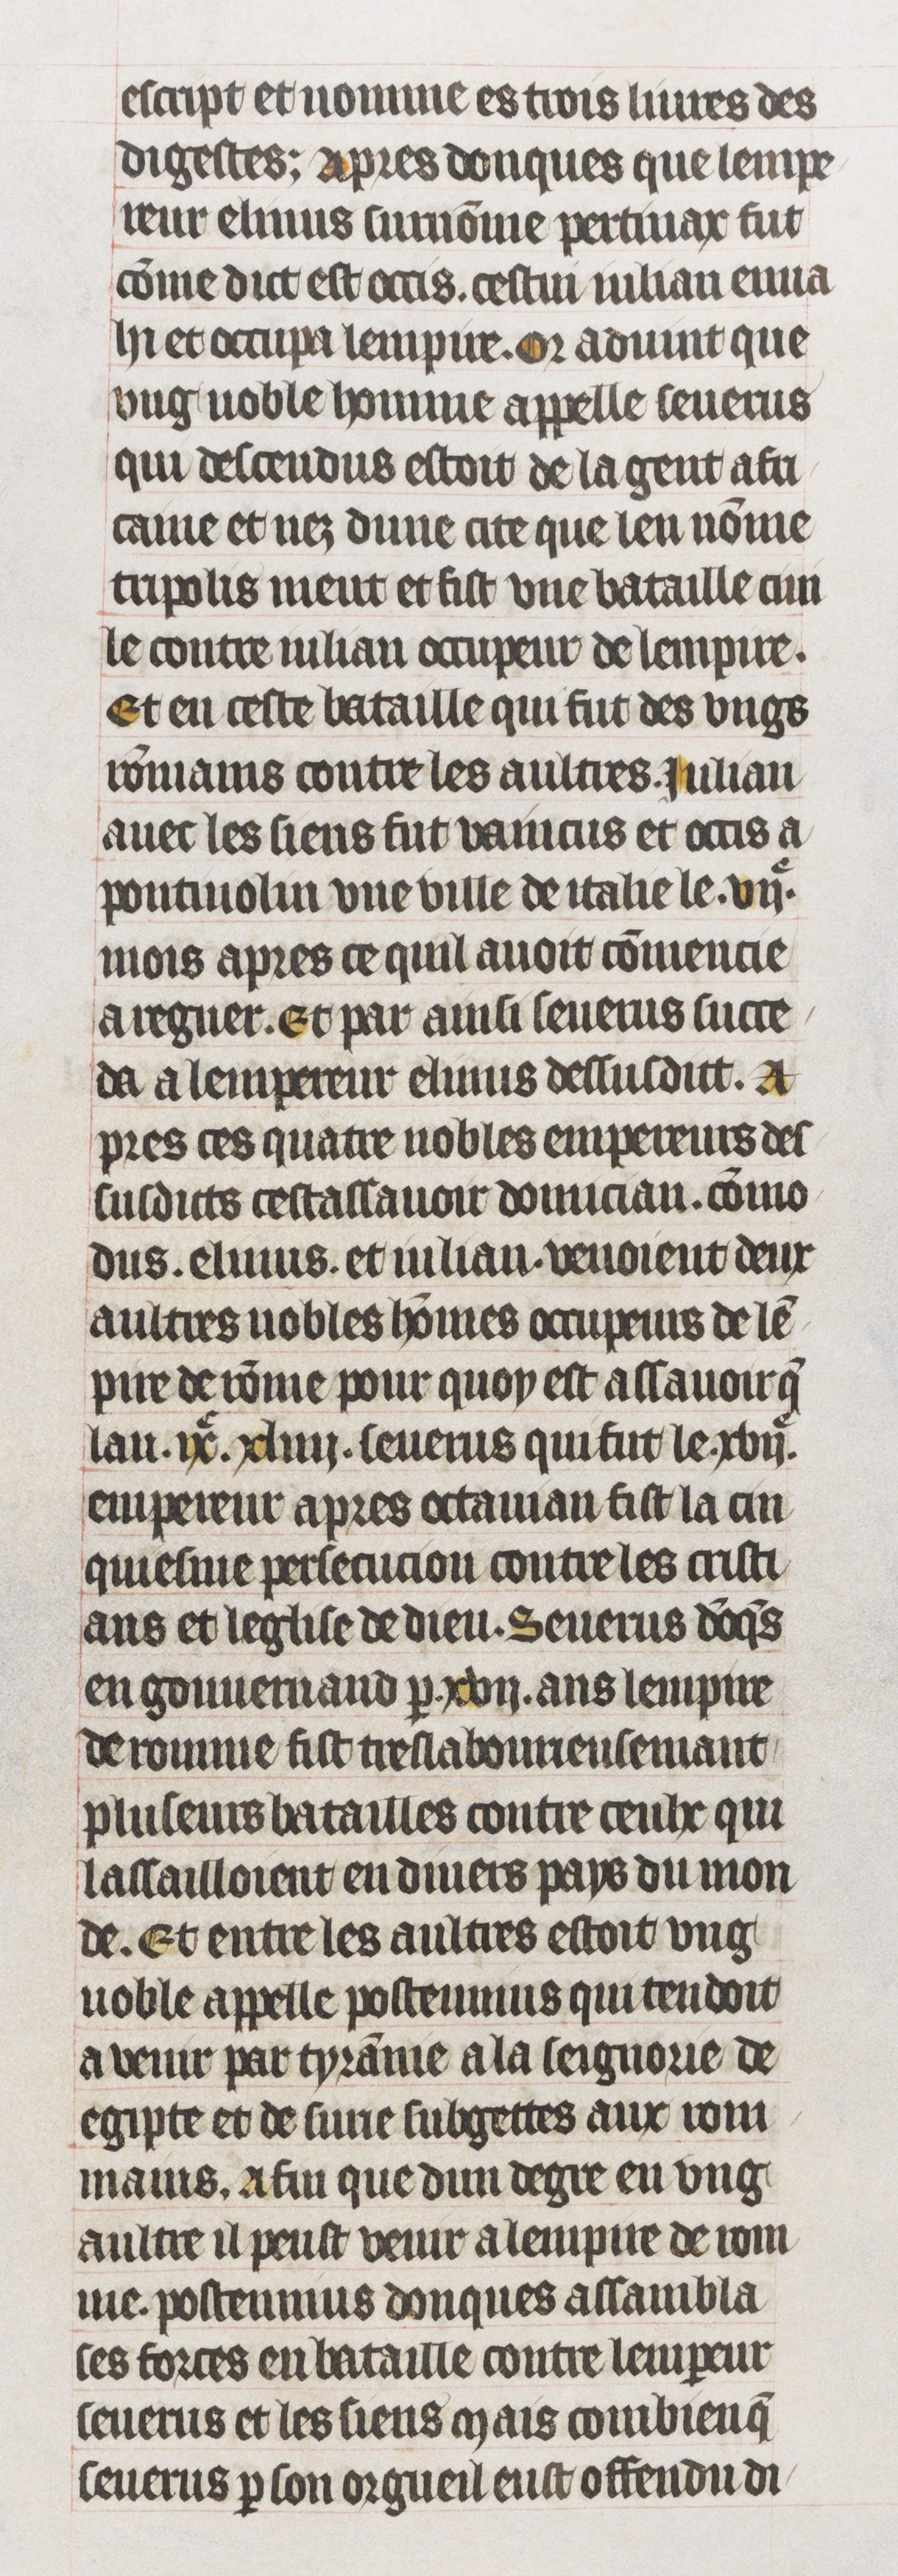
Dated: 1395–1425